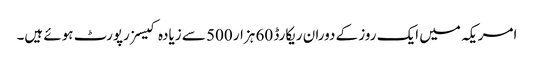
امریکہ میں ایک روز کے دوران ریکارڈ 60 ہزار 500 سے زیادہ کیسز رپورٹ ہوئے ہیں۔